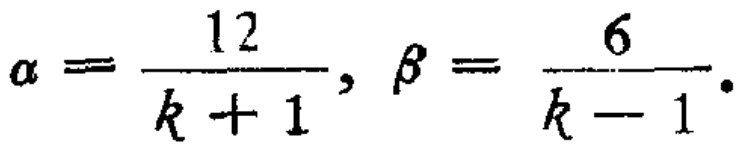
\(\alpha = \frac{12}{k + 1}, \beta = \frac{6}{k - 1}\)